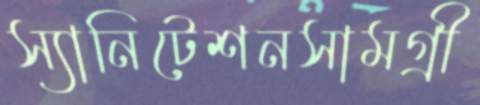
স্যানিটেশনসামগ্রী